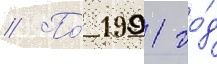
// По́ 1991 го́д